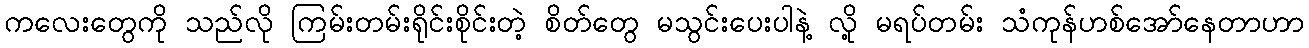
ကလေးတွေကို သည်လို ကြမ်းတမ်းရိုင်းစိုင်းတဲ့ စိတ်တွေ မသွင်းပေးပါနဲ့ လို့ မရပ်တမ်း သံကုန်ဟစ်အော်နေတာဟာ